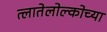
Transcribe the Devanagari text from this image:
त्लातेलोल्कोच्या